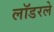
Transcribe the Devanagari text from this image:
लॉडरले